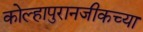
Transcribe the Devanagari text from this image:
कोल्हापुरानजीकच्या